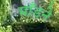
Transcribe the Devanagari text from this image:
माँडने